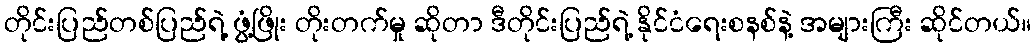
တိုင်းပြည်တစ်ပြည်ရဲ့ ဖွံ့ဖြိုး တိုးတက်မှု ဆိုတာ ဒီတိုင်းပြည်ရဲ့ နိုင်ငံရေးစနစ်နဲ့ အများကြီး ဆိုင်တယ်။